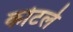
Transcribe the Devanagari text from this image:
कोटले